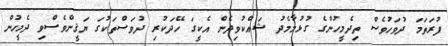
ފުރަތަމަ ދުވަހުވެސް ތިދެމީހުންގެ ގުޅުމާމެދު ޝައްކުވިދެން އެކީގަ ހޭދަކުރި ދުވަސްތަކުގަ ޔަޤީންވެސްވި ދެމީހުން